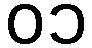
၀၁